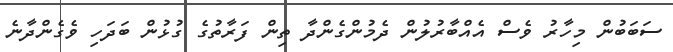
ސަބަބުން މިހާރު ވެސް އެއްބާރުލުން ދެމުންގެންދާ ތިން ފަރާތުގެ ގުޅުން ބަދަހި ވެގެންދާނެ